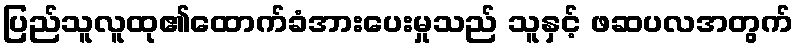
ပြည်သူလူထု၏ထောက်ခံအားပေးမှုသည် သူနှင့် ဖဆပလအတွက်